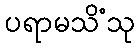
ပရာမသိံသု